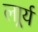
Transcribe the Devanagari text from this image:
लार्र्य